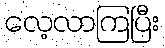
လေ့လာကြပြီး